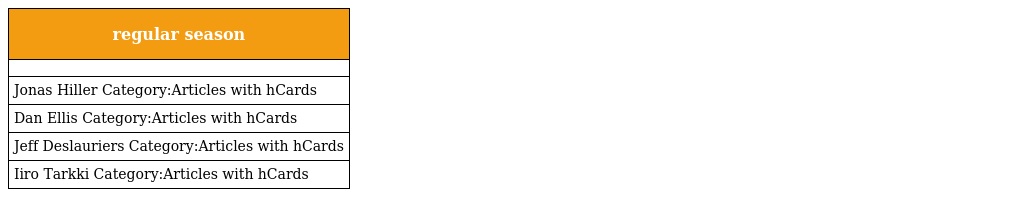
| regular season |
 | --- |
 |  |
 | Jonas Hiller Category:Articles with hCards |
 | Dan Ellis Category:Articles with hCards |
 | Jeff Deslauriers Category:Articles with hCards |
 | Iiro Tarkki Category:Articles with hCards |